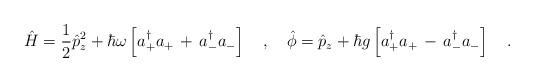
LaTeX: \begin{align*}\hat{H}=\frac{1}{2}\hat{p}^2_z+\hbar\omega\left[a_+^\dagger a_+\,+\,a_-^\dagger a_-\right]\ \ \ ,\ \ \ \hat{\phi}=\hat{p}_z+\hbar g\left[a_+^\dagger a_+\,-\,a_-^\dagger a_-\right]\ \ \ .\end{align*}